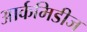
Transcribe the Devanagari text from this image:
आर्कमिडीज